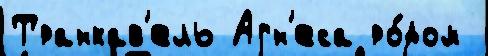
Транкав'ель Агн'еса ро́дом